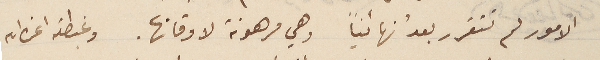
الأمور لم تتقرر بعد نهائيًا وهي مرهونة لاوقاتها. وغبطته اعزه الله